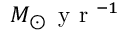
M _ { \odot } \, \mathrm { ~ y ~ r ~ } ^ { - 1 }